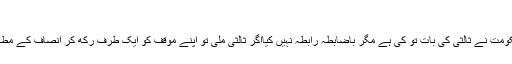
(خبر جاری ہے)
انہوں نے کہا کہ حکومت نے ثالثی کی بات تو کی ہے مگر باضابطہ رابطہ نہیں کیااگر ثالثی ملی تو اپنے موقف کو ایک طرف رکھ کر انصاف کے مطابق فیصلہ کروں گا۔